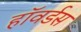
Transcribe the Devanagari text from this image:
हॉवर्डस